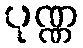
ပုဏ္ဏ